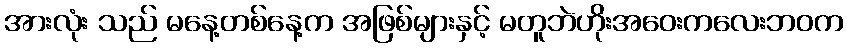
အားလုံး သည် မနေ့တစ်နေ့က အဖြစ်များနှင့် မတူဘဲဟိုးအဝေးကလေးဘဝက